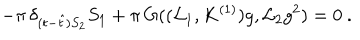
- \pi \, \delta _ { ( t - \hat { t } ) S _ { 2 } } S _ { 1 } + \pi \, G ( ( \mathcal { L } _ { 1 } , K ^ { ( 1 ) } ) g , \mathcal { L } _ { 2 } g ^ { 2 } ) = 0 \ .